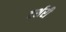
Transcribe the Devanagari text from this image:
टर्शरी